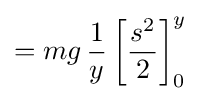
=mg\,{\frac {1}{y}}\left[{\frac {s^{2}}{2}}\right]_{0}^{y}